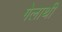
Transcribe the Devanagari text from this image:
गेलाथी